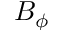
B _ { \phi }